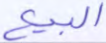
البيع